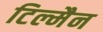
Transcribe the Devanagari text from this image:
टिल्मैन